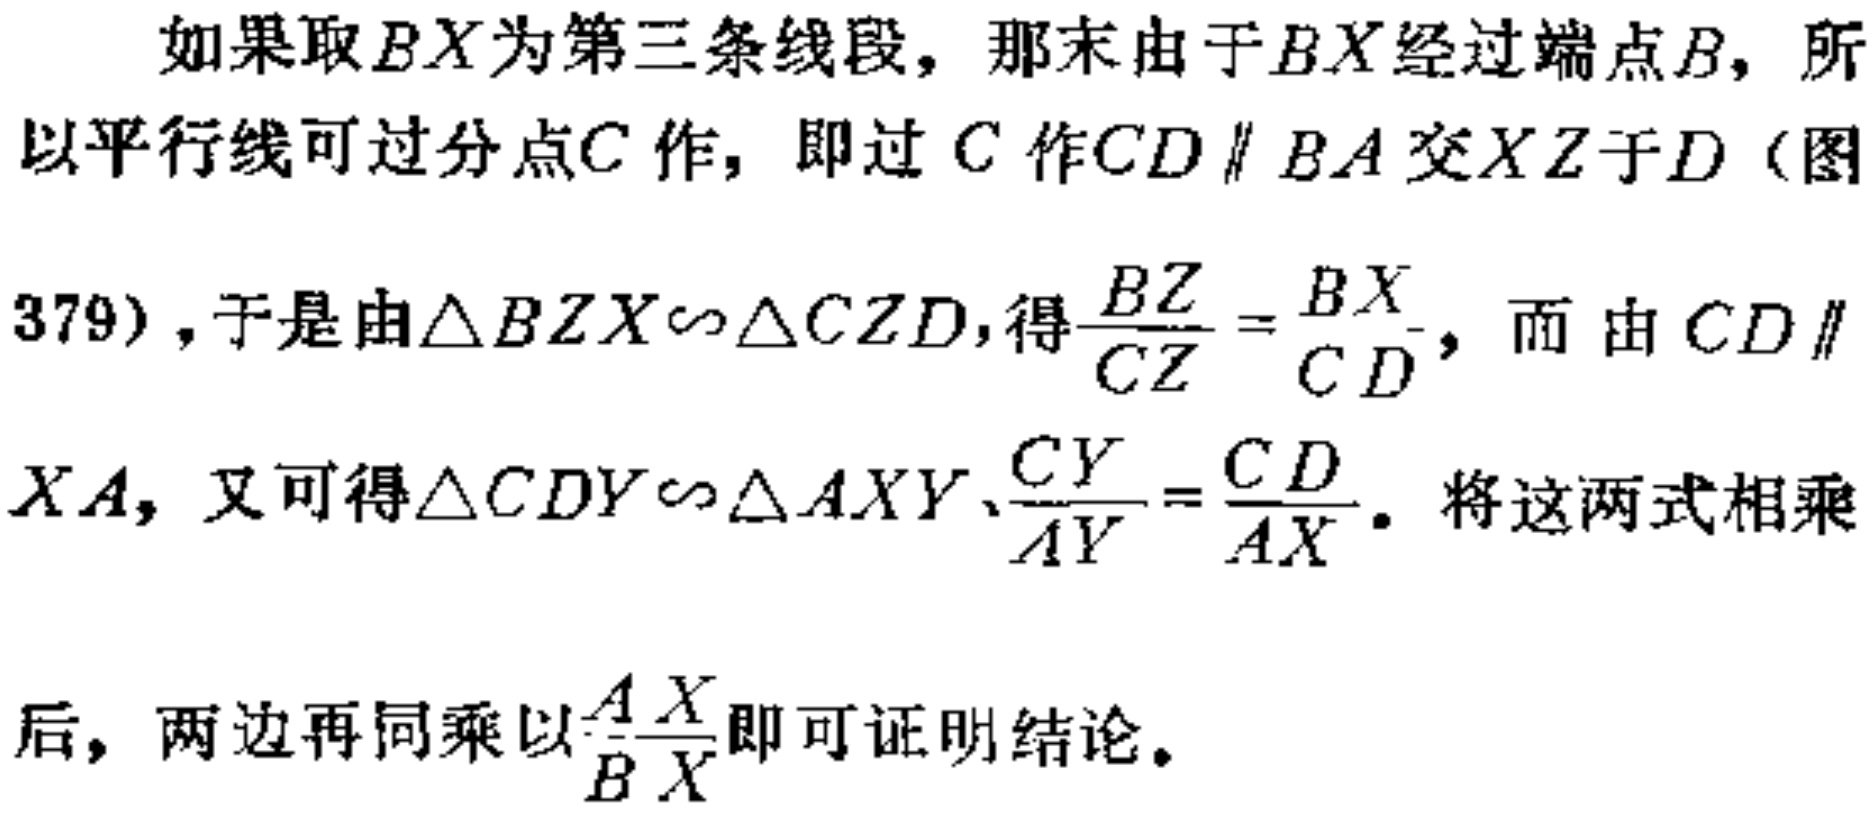
如果取 \(BX\)为第三条线段，那末由于 \(BX\)经过端点 \(B\)，所以平行线可过分点\(C\)作，即过 \(C\) 作\(CD \parallel BA\)交\(XZ\)于\(D\)（图379），于是由\(\triangle BZX\sim\triangle CZD\)，得\(\frac{BZ}{CZ}=\frac{BX}{CD}\)，而由 \(CD \parallel XA\)，又可得\(\triangle CDY\sim\triangle AXY\)，\(\frac{CY}{AY}=\frac{CD}{AX}\)。将这两式相乘后，两边再同乘以\(\frac{AX}{BX}\)即可证明结论。